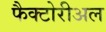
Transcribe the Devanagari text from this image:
फैक्टोरीअल